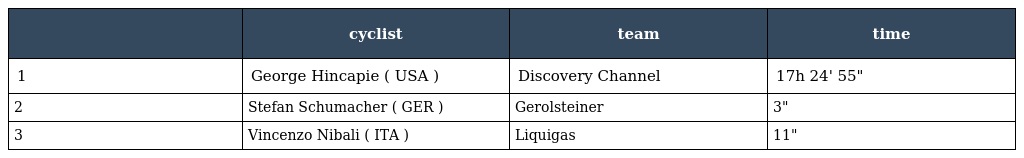
|  | cyclist | team | time |
 | --- | --- | --- | --- |
 | 1 | George Hincapie ( USA ) | Discovery Channel | 17h 24' 55" |
 | 2 | Stefan Schumacher ( GER ) | Gerolsteiner | 3" |
 | 3 | Vincenzo Nibali ( ITA ) | Liquigas | 11" |